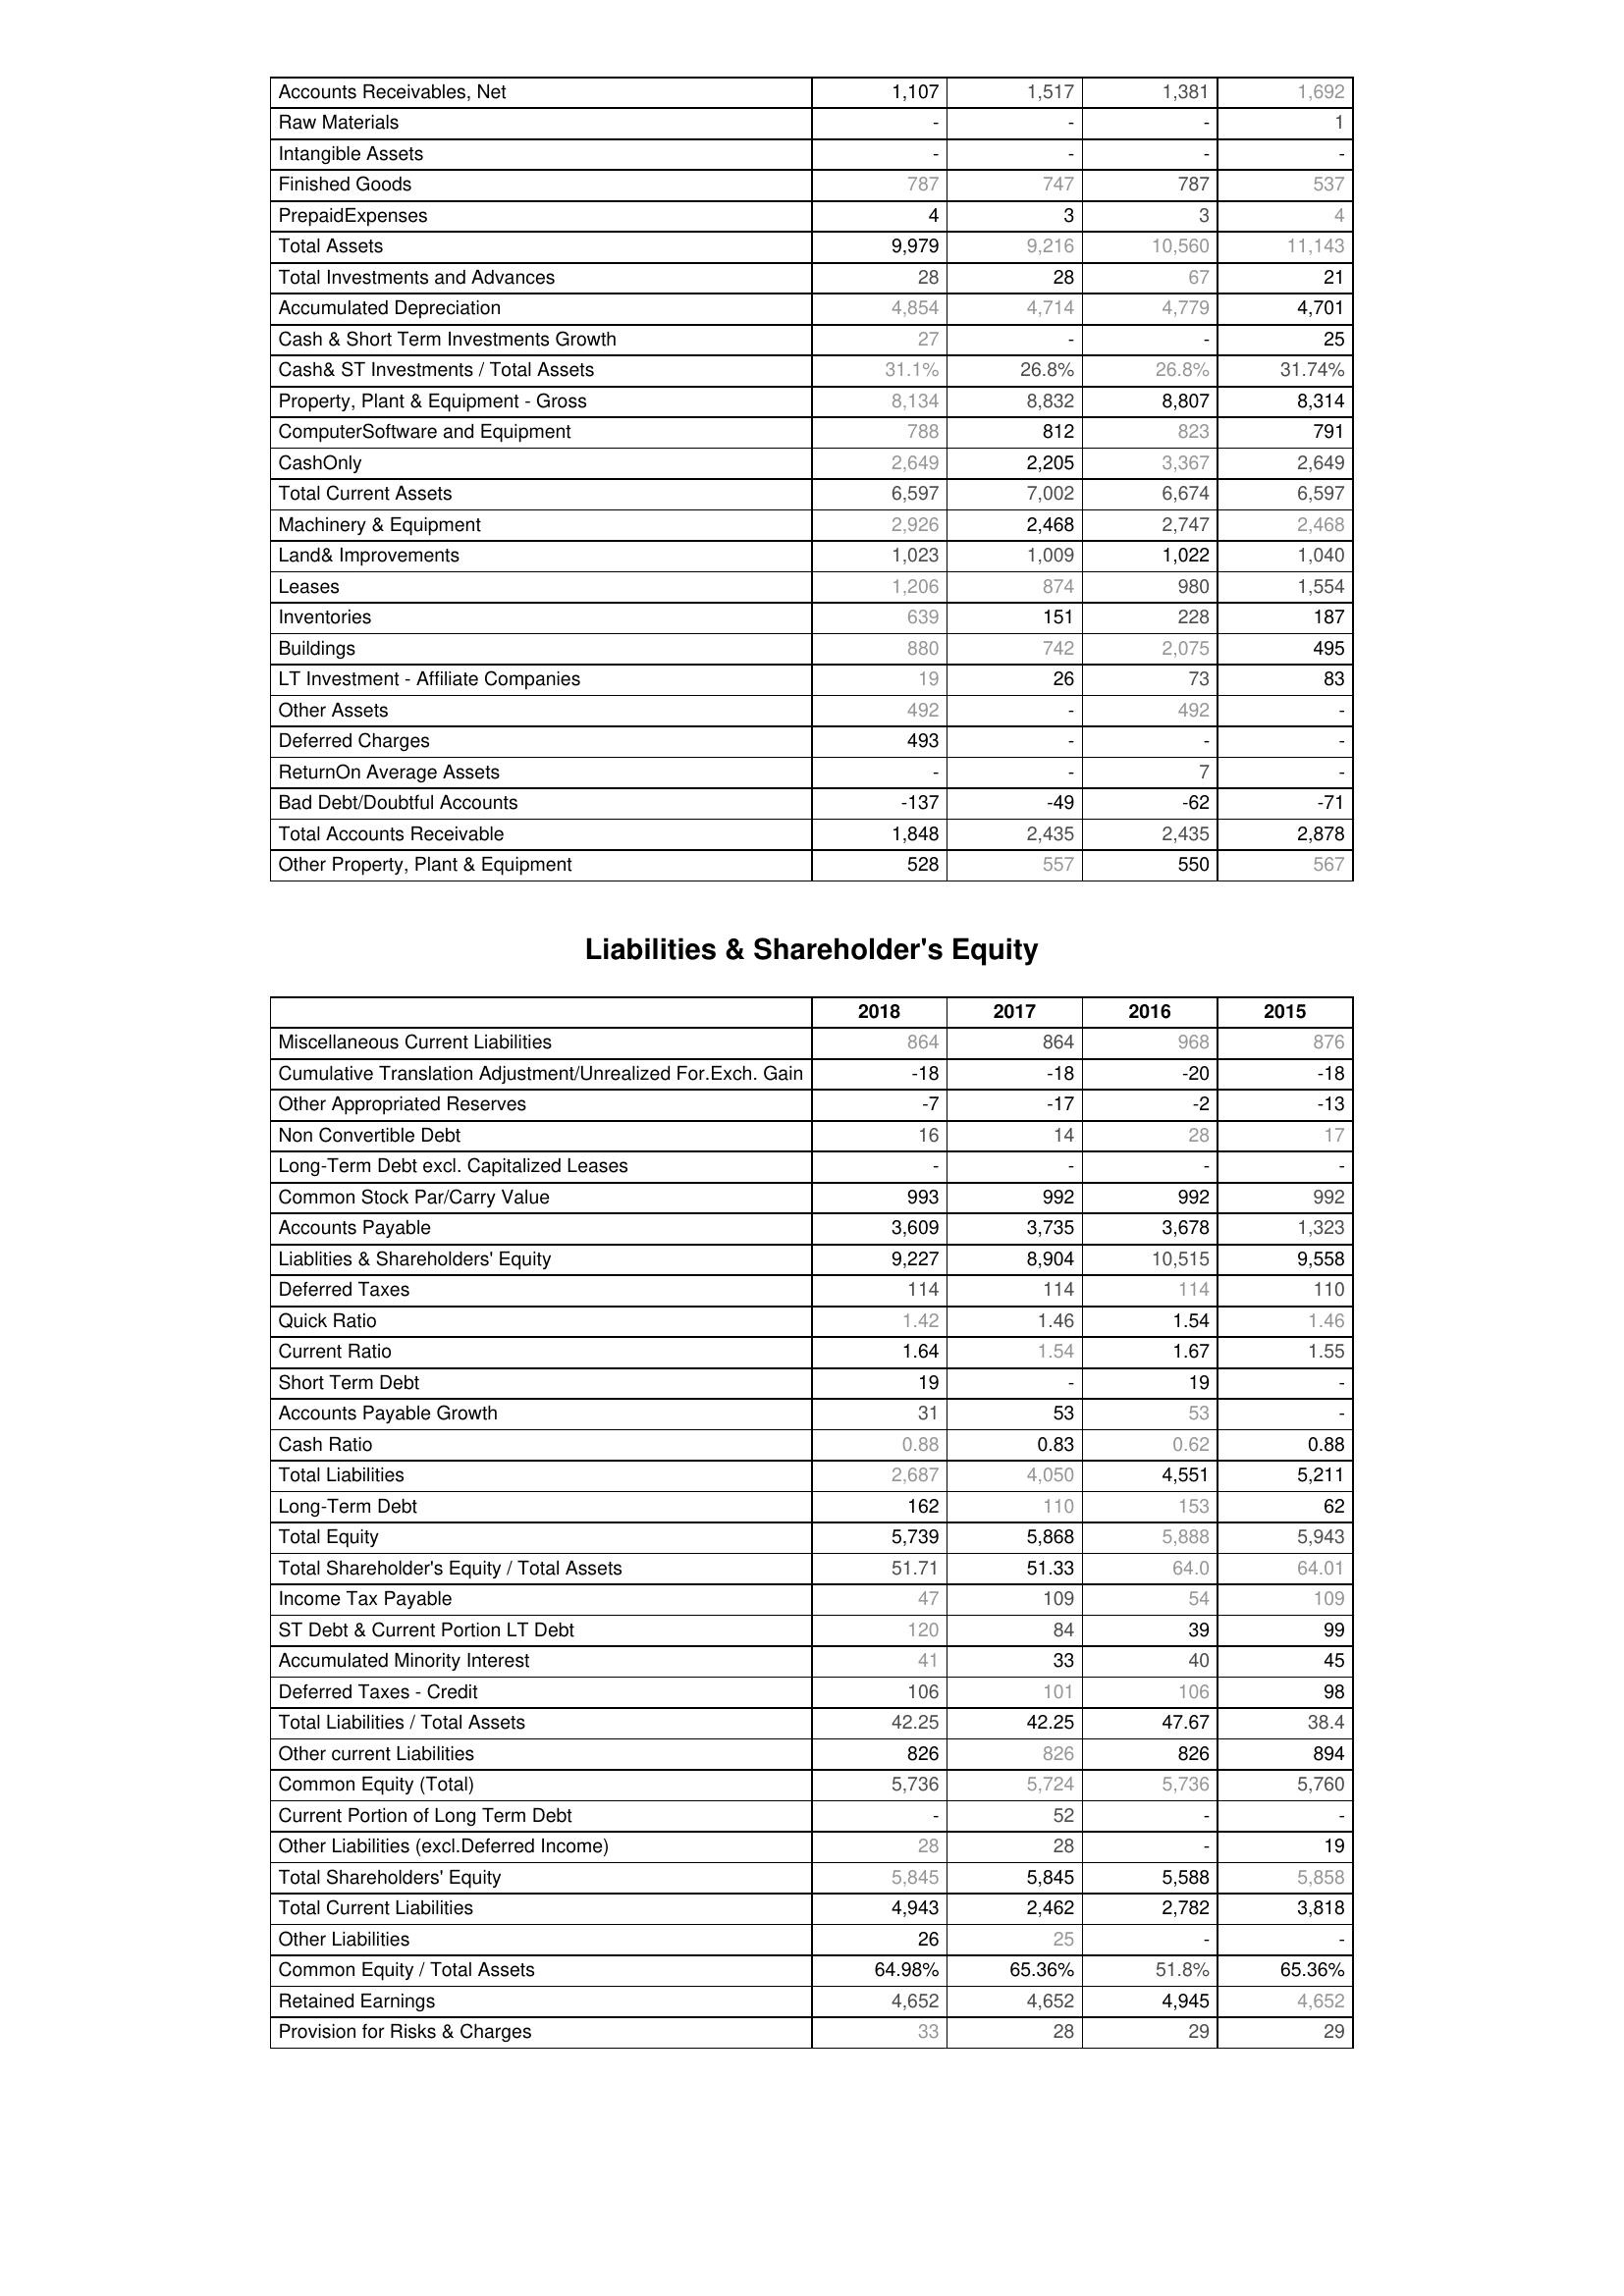
2018: Assets: Accounts Receivables, Net: 1,107
Raw Materials: -
Intangible Assets: -
Finished Goods: 787
PrepaidExpenses: 4
Total Assets: 9,979
Total Investments and Advances: 28
Accumulated Depreciation: 4,854
Cash & Short Term Investments Growth: 27
Cash& ST Investments / Total Assets: 31.1%
Property, Plant & Equipment - Gross : 8,134
ComputerSoftware and Equipment: 788
CashOnly: 2,649
Total Current Assets: 6,597
Machinery & Equipment: 2,926
Land& Improvements: 1,023
Leases: 1,206
Inventories: 639
Buildings: 880
LT Investment - Affiliate Companies: 19
Other Assets: 492
Deferred Charges: 493
ReturnOn Average Assets: -
Bad Debt/Doubtful Accounts: -137
Total Accounts Receivable: 1,848
Other Property, Plant & Equipment: 528
Liabilities & Shareholder's Equity: Miscellaneous Current Liabilities: 864
Cumulative Translation Adjustment/Unrealized For.Exch. Gain: -18
Other Appropriated Reserves: -7
Non Convertible Debt: 16
Long-Term Debt excl. Capitalized Leases: -
Common Stock Par/Carry Value: 993
Accounts Payable: 3,609
Liablities & Shareholders' Equity: 9,227
Deferred Taxes: 114
Quick Ratio: 1.42
Current Ratio: 1.64
Short Term Debt: 19
Accounts Payable Growth: 31
Cash Ratio: 0.88
Total Liabilities: 2,687
Long-Term Debt: 162
Total Equity: 5,739
Total Shareholder's Equity / Total Assets: 51.71
Income Tax Payable: 47
ST Debt & Current Portion LT Debt: 120
Accumulated Minority Interest: 41
Deferred Taxes - Credit: 106
Total Liabilities / Total Assets: 42.25
Other current Liabilities: 826
Common Equity (Total): 5,736
Current Portion of Long Term Debt: -
Other Liabilities (excl.Deferred Income): 28
Total Shareholders' Equity: 5,845
Total Current Liabilities: 4,943
Other Liabilities: 26
Common Equity / Total Assets: 64.98%
Retained Earnings: 4,652
Provision for Risks & Charges: 33
2017: Assets: Accounts Receivables, Net: 1,517
Raw Materials: -
Intangible Assets: -
Finished Goods: 747
PrepaidExpenses: 3
Total Assets: 9,216
Total Investments and Advances: 28
Accumulated Depreciation: 4,714
Cash & Short Term Investments Growth: -
Cash& ST Investments / Total Assets: 26.8%
Property, Plant & Equipment - Gross : 8,832
ComputerSoftware and Equipment: 812
CashOnly: 2,205
Total Current Assets: 7,002
Machinery & Equipment: 2,468
Land& Improvements: 1,009
Leases: 874
Inventories: 151
Buildings: 742
LT Investment - Affiliate Companies: 26
Other Assets: -
Deferred Charges: -
ReturnOn Average Assets: -
Bad Debt/Doubtful Accounts: -49
Total Accounts Receivable: 2,435
Other Property, Plant & Equipment: 557
Liabilities & Shareholder's Equity: Miscellaneous Current Liabilities: 864
Cumulative Translation Adjustment/Unrealized For.Exch. Gain: -18
Other Appropriated Reserves: -17
Non Convertible Debt: 14
Long-Term Debt excl. Capitalized Leases: -
Common Stock Par/Carry Value: 992
Accounts Payable: 3,735
Liablities & Shareholders' Equity: 8,904
Deferred Taxes: 114
Quick Ratio: 1.46
Current Ratio: 1.54
Short Term Debt: -
Accounts Payable Growth: 53
Cash Ratio: 0.83
Total Liabilities: 4,050
Long-Term Debt: 110
Total Equity: 5,868
Total Shareholder's Equity / Total Assets: 51.33
Income Tax Payable: 109
ST Debt & Current Portion LT Debt: 84
Accumulated Minority Interest: 33
Deferred Taxes - Credit: 101
Total Liabilities / Total Assets: 42.25
Other current Liabilities: 826
Common Equity (Total): 5,724
Current Portion of Long Term Debt: 52
Other Liabilities (excl.Deferred Income): 28
Total Shareholders' Equity: 5,845
Total Current Liabilities: 2,462
Other Liabilities: 25
Common Equity / Total Assets: 65.36%
Retained Earnings: 4,652
Provision for Risks & Charges: 28
2016: Assets: Accounts Receivables, Net: 1,381
Raw Materials: -
Intangible Assets: -
Finished Goods: 787
PrepaidExpenses: 3
Total Assets: 10,560
Total Investments and Advances: 67
Accumulated Depreciation: 4,779
Cash & Short Term Investments Growth: -
Cash& ST Investments / Total Assets: 26.8%
Property, Plant & Equipment - Gross : 8,807
ComputerSoftware and Equipment: 823
CashOnly: 3,367
Total Current Assets: 6,674
Machinery & Equipment: 2,747
Land& Improvements: 1,022
Leases: 980
Inventories: 228
Buildings: 2,075
LT Investment - Affiliate Companies: 73
Other Assets: 492
Deferred Charges: -
ReturnOn Average Assets: 7
Bad Debt/Doubtful Accounts: -62
Total Accounts Receivable: 2,435
Other Property, Plant & Equipment: 550
Liabilities & Shareholder's Equity: Miscellaneous Current Liabilities: 968
Cumulative Translation Adjustment/Unrealized For.Exch. Gain: -20
Other Appropriated Reserves: -2
Non Convertible Debt: 28
Long-Term Debt excl. Capitalized Leases: -
Common Stock Par/Carry Value: 992
Accounts Payable: 3,678
Liablities & Shareholders' Equity: 10,515
Deferred Taxes: 114
Quick Ratio: 1.54
Current Ratio: 1.67
Short Term Debt: 19
Accounts Payable Growth: 53
Cash Ratio: 0.62
Total Liabilities: 4,551
Long-Term Debt: 153
Total Equity: 5,888
Total Shareholder's Equity / Total Assets: 64.0
Income Tax Payable: 54
ST Debt & Current Portion LT Debt: 39
Accumulated Minority Interest: 40
Deferred Taxes - Credit: 106
Total Liabilities / Total Assets: 47.67
Other current Liabilities: 826
Common Equity (Total): 5,736
Current Portion of Long Term Debt: -
Other Liabilities (excl.Deferred Income): -
Total Shareholders' Equity: 5,588
Total Current Liabilities: 2,782
Other Liabilities: -
Common Equity / Total Assets: 51.8%
Retained Earnings: 4,945
Provision for Risks & Charges: 29
2015: Assets: Accounts Receivables, Net: 1,692
Raw Materials: 1
Intangible Assets: -
Finished Goods: 537
PrepaidExpenses: 4
Total Assets: 11,143
Total Investments and Advances: 21
Accumulated Depreciation: 4,701
Cash & Short Term Investments Growth: 25
Cash& ST Investments / Total Assets: 31.74%
Property, Plant & Equipment - Gross : 8,314
ComputerSoftware and Equipment: 791
CashOnly: 2,649
Total Current Assets: 6,597
Machinery & Equipment: 2,468
Land& Improvements: 1,040
Leases: 1,554
Inventories: 187
Buildings: 495
LT Investment - Affiliate Companies: 83
Other Assets: -
Deferred Charges: -
ReturnOn Average Assets: -
Bad Debt/Doubtful Accounts: -71
Total Accounts Receivable: 2,878
Other Property, Plant & Equipment: 567
Liabilities & Shareholder's Equity: Miscellaneous Current Liabilities: 876
Cumulative Translation Adjustment/Unrealized For.Exch. Gain: -18
Other Appropriated Reserves: -13
Non Convertible Debt: 17
Long-Term Debt excl. Capitalized Leases: -
Common Stock Par/Carry Value: 992
Accounts Payable: 1,323
Liablities & Shareholders' Equity: 9,558
Deferred Taxes: 110
Quick Ratio: 1.46
Current Ratio: 1.55
Short Term Debt: -
Accounts Payable Growth: -
Cash Ratio: 0.88
Total Liabilities: 5,211
Long-Term Debt: 62
Total Equity: 5,943
Total Shareholder's Equity / Total Assets: 64.01
Income Tax Payable: 109
ST Debt & Current Portion LT Debt: 99
Accumulated Minority Interest: 45
Deferred Taxes - Credit: 98
Total Liabilities / Total Assets: 38.4
Other current Liabilities: 894
Common Equity (Total): 5,760
Current Portion of Long Term Debt: -
Other Liabilities (excl.Deferred Income): 19
Total Shareholders' Equity: 5,858
Total Current Liabilities: 3,818
Other Liabilities: -
Common Equity / Total Assets: 65.36%
Retained Earnings: 4,652
Provision for Risks & Charges: 29